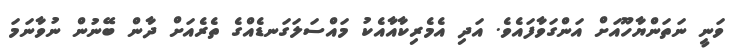
ވަނީ ނަތަންޔާހޫއަށް އަންގަވާފައެވެ. އަދި އެމެރިކާއާއެކު މައްސަލަގަނޑެއްގެ ތެރެއަށް ދާން ބޭނުން ނުވާނަމަ